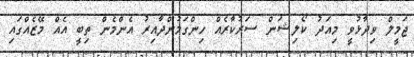
ޖަމީލް ވިދާޅުވީ މިއަދު ކޯލިޝަން ސަރުކާރެއް ހިންގަމުންދާއިރު އެންމެން ތިބީ އެއް މޭޒެއްގައި